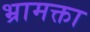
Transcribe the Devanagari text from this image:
भ्रामक्ता